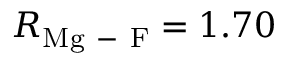
R _ { \mathrm { M g \mathrm { ~ - ~ } F } } = 1 . 7 0